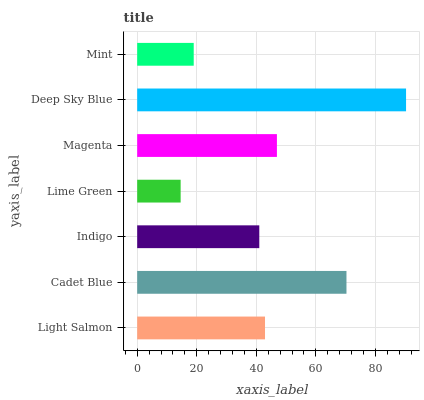
| yaxis_label | bars |
 | --- | --- |
 | Light Salmon | 42.9 |
 | Cadet Blue | 70.3 |
 | Indigo | 41 |
 | Lime Green | 14.6 |
 | Magenta | 46.9 |
 | Deep Sky Blue | 90.3 |
 | Mint | 19 |